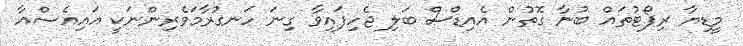
މީޑިޔާ ރިޕޯޓުތައް ބުނާ ގޮތުން އެއިޑްސް ބަލި ޖެހިފައިވާ ގިނަ ހަނގުރާމަވެރިންނަކީ އައިއެސްއާ